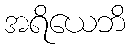
အရိယေဘိ